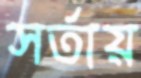
সর্তায়